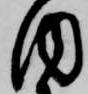
内